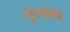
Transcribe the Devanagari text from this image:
सुरक्शा